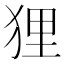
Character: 狸